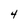
Character: 4